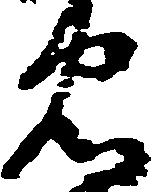
忠